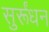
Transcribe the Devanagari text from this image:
सुर्रूंधन